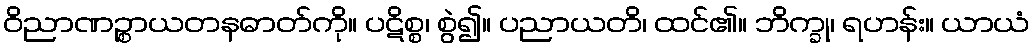
ဝိညာဏဉ္စာယတနဓာတ်ကို။ ပဋိစ္စ၊ စွဲ၍။ ပညာယတိ၊ ထင်၏။ ဘိက္ခု၊ ရဟန်း။ ယာယံ